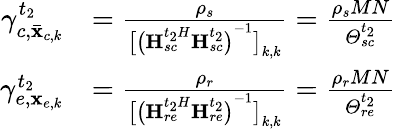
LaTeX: \begin{array}{rl}{\gamma_{c,{{{\mathbf{\bar{x}}}}_{c,k}}}^{{t_{2}}}}&{=\frac{{{\rho_{s}}}}{{{{\big[{{\big({\mathbf{H}}{{_{sc}^{{t_{2}}H}}}{\mathbf{H}}_{sc}^{{t_{2}}}\big)}^{-1}}\big]}_{k,k}}}}=\frac{{{\rho_{s}}MN}}{{\varTheta_{sc}^{{t_{2}}}}}}\\ {\gamma_{e,{{\mathbf{x}}_{e,k}}}^{{t_{2}}}}&{=\frac{{{\rho_{r}}}}{{{{\big[{{\big({\mathbf{H}}{{_{re}^{{t_{2}}H}}}{\mathbf{H}}_{re}^{{t_{2}}}\big)}^{-1}}\big]}_{k,k}}}}=\frac{{{\rho_{r}}MN}}{{\varTheta_{re}^{{t_{2}}}}}}\end{array}